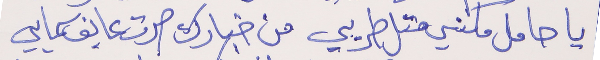
يا حامل مكنسي متل طريي     من خبارك صرت عايف سمايي